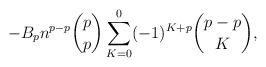
LaTeX: \begin{align*}- B_p n^{p-p}\binom{p}{p} \sum_{K=0}^{0} (-1)^{K+p} \binom{p-p}{K},\end{align*}